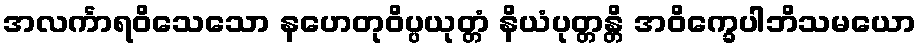
အလင်္ကာရဝိသေသော နဟေတုဝိပ္ပယုတ္တံ နိယံပုတ္တန္တိ အဝိက္ခေပါဘိသမယော